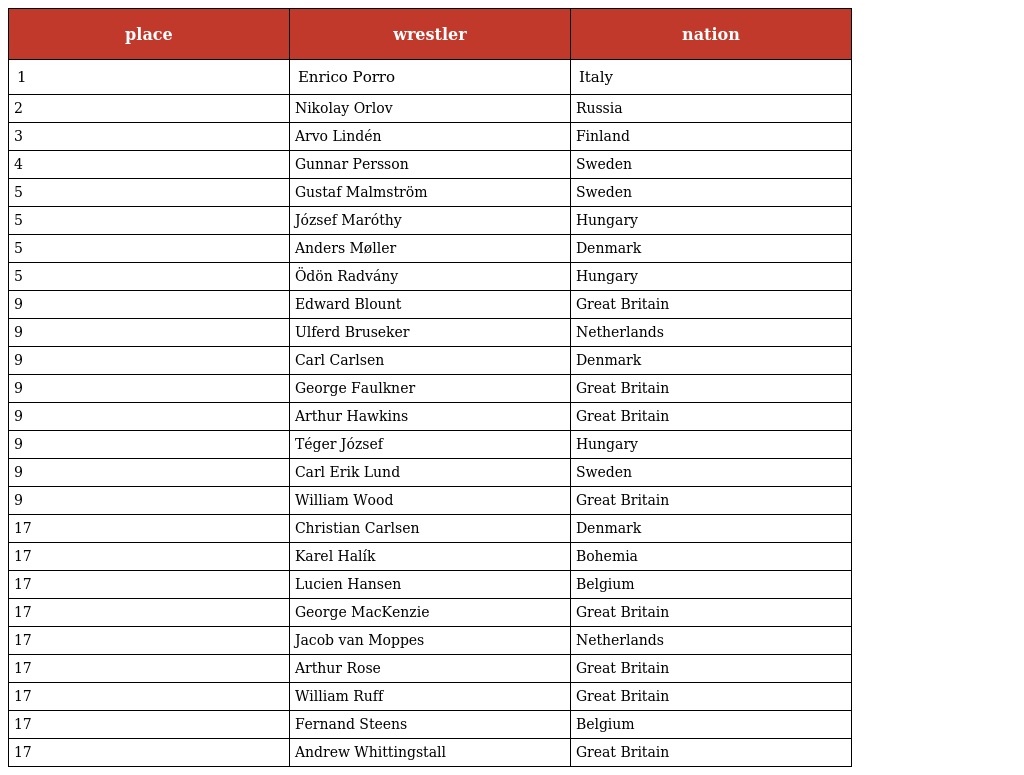
| place | wrestler | nation |
 | --- | --- | --- |
 | 1 | Enrico Porro | Italy |
 | 2 | Nikolay Orlov | Russia |
 | 3 | Arvo Lindén | Finland |
 | 4 | Gunnar Persson | Sweden |
 | 5 | Gustaf Malmström | Sweden |
 | 5 | József Maróthy | Hungary |
 | 5 | Anders Møller | Denmark |
 | 5 | Ödön Radvány | Hungary |
 | 9 | Edward Blount | Great Britain |
 | 9 | Ulferd Bruseker | Netherlands |
 | 9 | Carl Carlsen | Denmark |
 | 9 | George Faulkner | Great Britain |
 | 9 | Arthur Hawkins | Great Britain |
 | 9 | Téger József | Hungary |
 | 9 | Carl Erik Lund | Sweden |
 | 9 | William Wood | Great Britain |
 | 17 | Christian Carlsen | Denmark |
 | 17 | Karel Halík | Bohemia |
 | 17 | Lucien Hansen | Belgium |
 | 17 | George MacKenzie | Great Britain |
 | 17 | Jacob van Moppes | Netherlands |
 | 17 | Arthur Rose | Great Britain |
 | 17 | William Ruff | Great Britain |
 | 17 | Fernand Steens | Belgium |
 | 17 | Andrew Whittingstall | Great Britain |